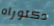
دكتوراه